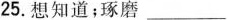
25.想知道；琢磨___